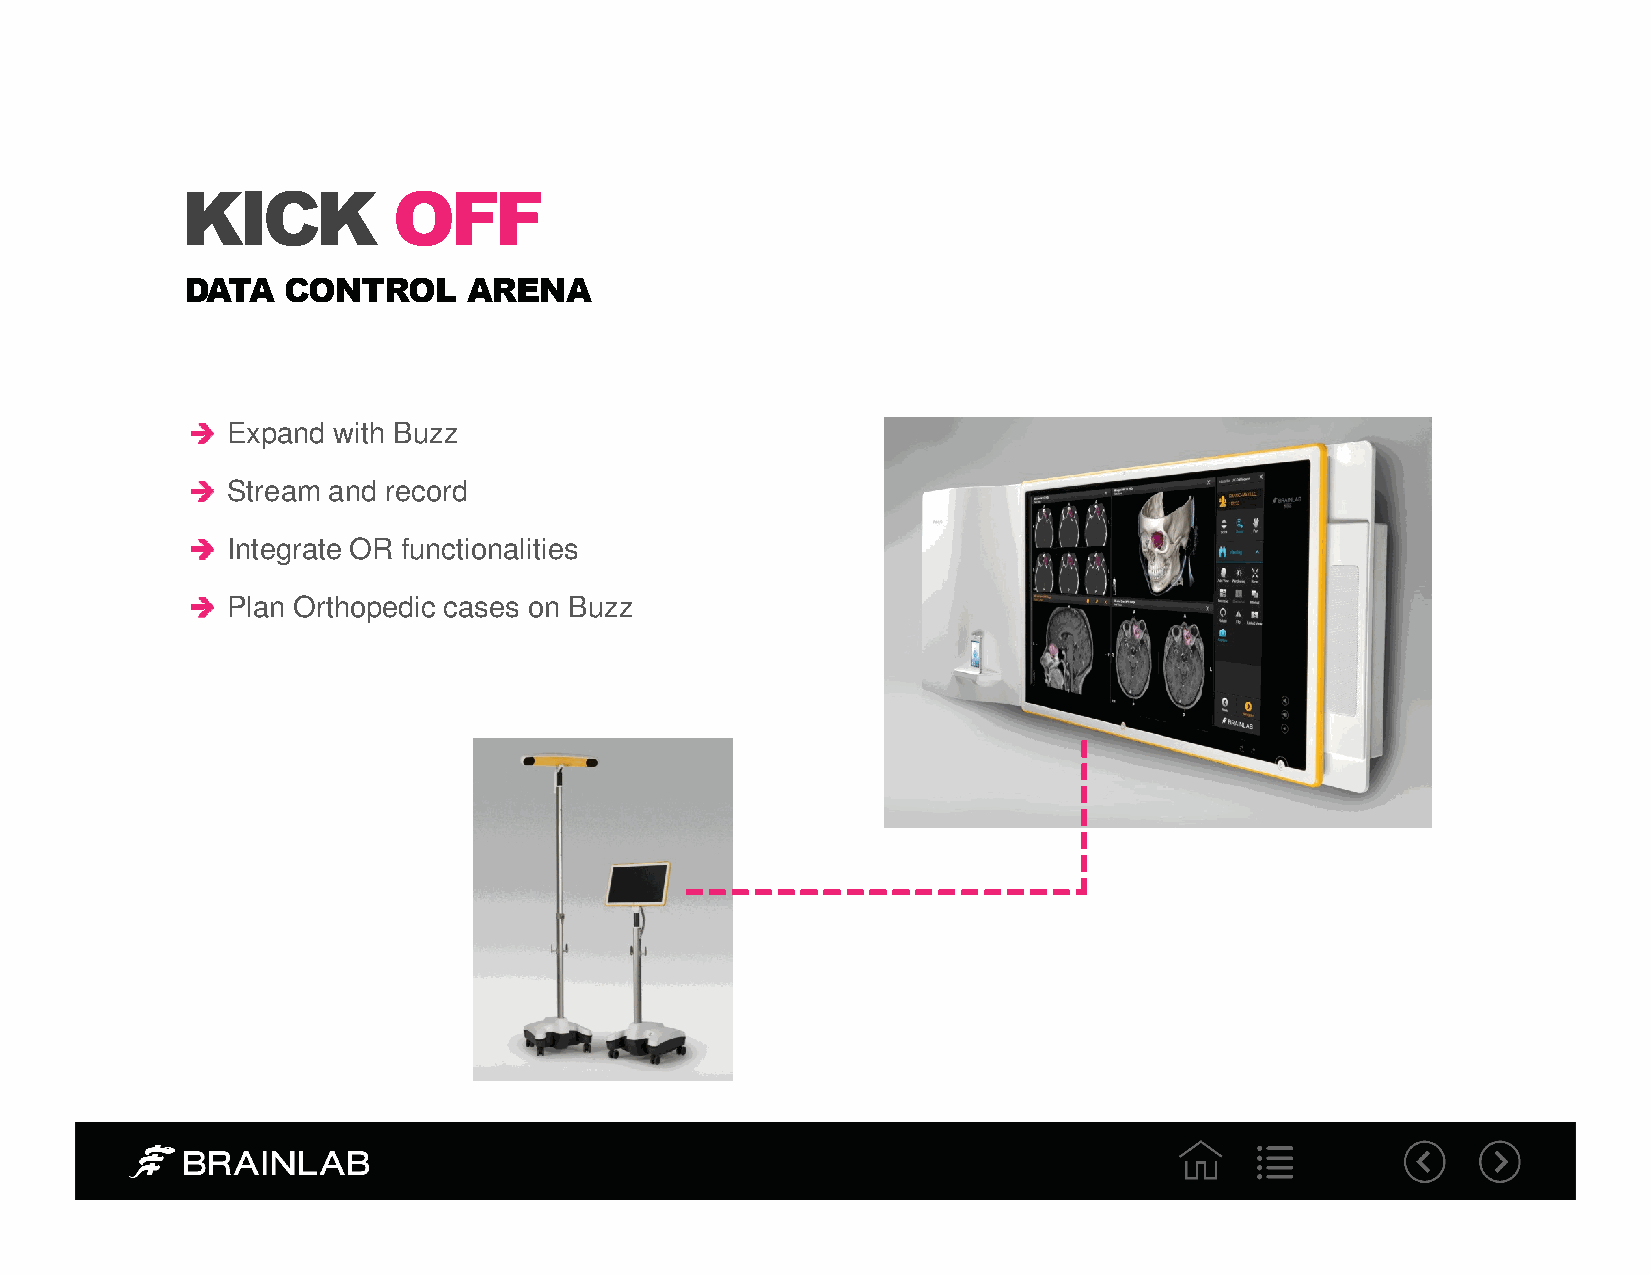
KICK          OFF
 DATA   CONTROL     ARENA
 Expand with Buzz
 Stream and record
 Integrate OR functionalities
 Plan Orthopedic cases on Buzz